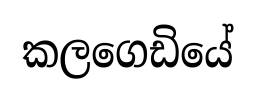
කලගෙඩියේ